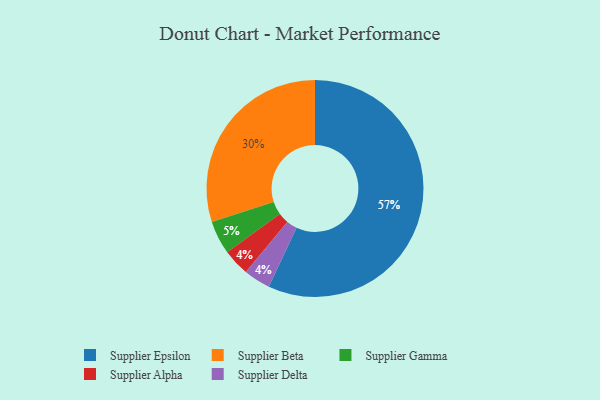
{"axis": {"x": "Category", "y": "Percentage"}, "legend": ["Supplier Alpha", "Supplier Beta", "Supplier Delta", "Supplier Epsilon", "Supplier Gamma"], "data": [{"x": "Supplier Beta", "y": 30, "type": "Supplier Beta"}, {"x": "Supplier Epsilon", "y": 57, "type": "Supplier Epsilon"}, {"x": "Supplier Gamma", "y": 5, "type": "Supplier Gamma"}, {"x": "Supplier Alpha", "y": 4, "type": "Supplier Alpha"}, {"x": "Supplier Delta", "y": 4, "type": "Supplier Delta"}]}